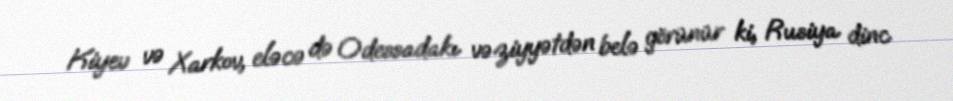
Kiyev və Xarkov, eləcə də Odessadakı vəziyyətdən belə görünür ki, Rusiya dinc